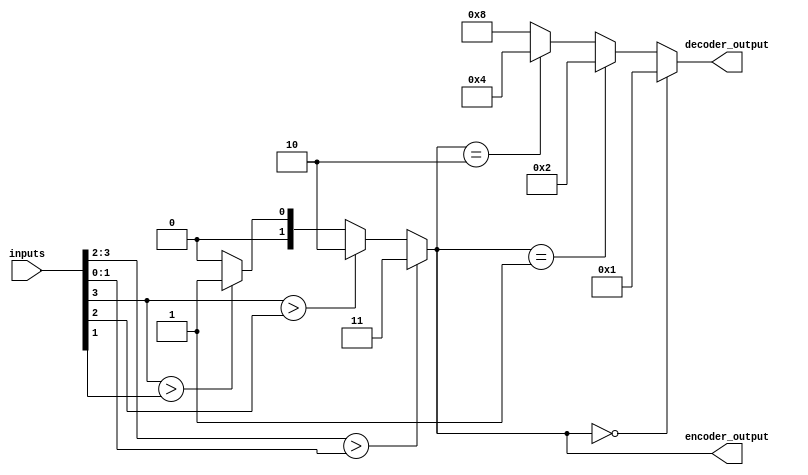
module priority_encoder_decoder(
    input wire [3:0] inputs,
    output wire [1:0] encoder_output,
    output wire [3:0] decoder_output
);

assign encoder_output = inputs[3:2] > inputs[1:0] ? 2'b11 :
                         inputs[3] > inputs[2] ? 2'b10 :
                         inputs[3] > inputs[1] ? 2'b01 : 2'b00;

assign decoder_output = encoder_output == 2'b00 ? 4'b0001 :
                        encoder_output == 2'b01 ? 4'b0010 :
                        encoder_output == 2'b10 ? 4'b0100 : 4'b1000;

endmodule